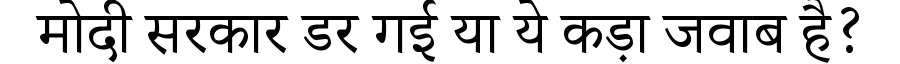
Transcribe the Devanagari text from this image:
मोदी सरकार डर गई या ये कड़ा जवाब है?